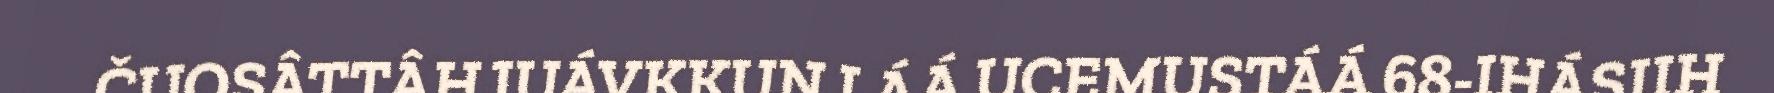
ČUOSÂTTÂHJUÁVKKUN LÁÁ UCEMUSTÁÁ 68-IHÁSIIH